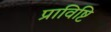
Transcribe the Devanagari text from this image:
प्राविष्टि